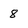
Character: 8